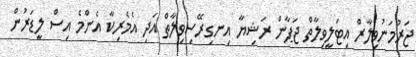
ޖަރުމަނުވިލާރް އިޓަލީވިލާތް ޖަޕާން ރަޝިޔާ އިނގިރޭސިވިލާތް އަދި އެމެރިކާ އެންމެ އިސް ލީޑަރުން